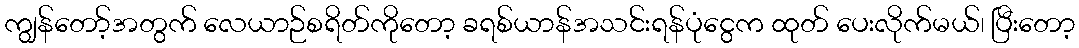
ကျွန်တော့်အတွက် လေယာဉ်စရိတ်ကိုတော့ ခရစ်ယာန်အသင်းရန်ပုံငွေက ထုတ် ပေးလိုက်မယ်၊ ပြီးတော့